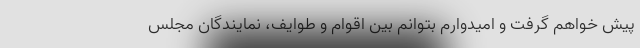
پیش خواهم گرفت و امیدوارم بتوانم بین اقوام و طوایف، نمایندگان مجلس